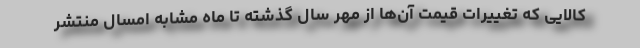
کالایی که تغییرات قیمت آن‌ها از مهر سال گذشته تا ماه مشابه امسال منتشر